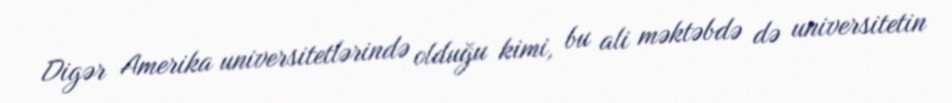
Digər Amerika universitetlərində olduğu kimi, bu ali məktəbdə də universitetin